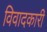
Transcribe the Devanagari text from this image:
विवादकारी